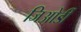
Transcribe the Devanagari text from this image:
जिओर्डी